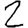
Digit: 2